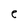
Character: e